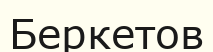
Беркетов